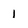
Character: 1